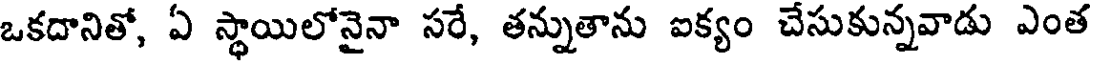
ఒకదానితో, ఏ స్థాయిలోనైనా సరే, తన్నుతాను ఐక్యం చేసుకున్నవాడు ఎంత